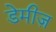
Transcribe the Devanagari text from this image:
डेमीज़